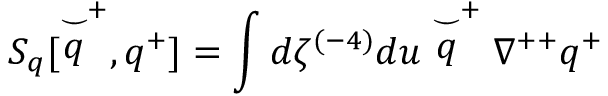
S _ { q } [ \stackrel { \smile } { q } ^ { + } , q ^ { + } ] = \int d \zeta ^ { ( - 4 ) } d u \stackrel { \smile } { q } ^ { + } \nabla ^ { + + } q ^ { + }